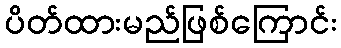
ပိတ်ထားမည်ဖြစ်ကြောင်း